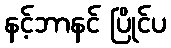
နင့်ဘာနင် ပြိုင်ပ